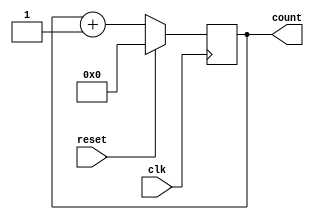
module counter(
    input wire clk, reset,
    output reg [4:0] count
);
    always @(posedge clk) begin
        if (reset) 
            count <= 5'd0;
        else 
            count <= count + 1;
        end
endmodule